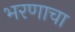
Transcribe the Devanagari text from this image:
भरणाचा